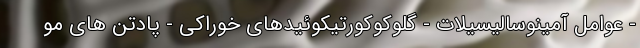
- عوامل آمینوسالیسیلات - گلوکوکورتیکوئیدهای خوراکی - پادتن های مو